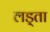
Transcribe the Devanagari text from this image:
लड़्ता